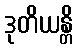
ဒုတိယန္တိ